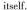
itself.